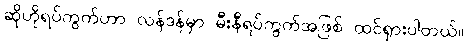
ဆိုဟိုရပ်ကွက်ဟာ လန်ဒန်မှာ မီးနီရပ်ကွက်အဖြစ် ထင်ရှားပါတယ်။